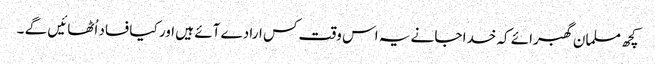
کچھ مسلمان گھبرائے کہ خدا جانے یہ اس وقت کس ارادے آئے ہیں اور کیا فساد اُٹھائیں گے ۔